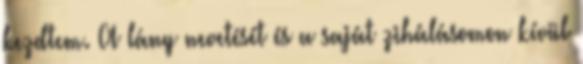
kezdtem. A lány nevetését és a saját zihálásomon kívül